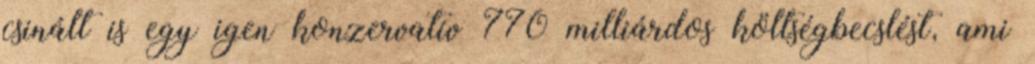
csinált is egy igen konzervatív 770 milliárdos költségbecslést, ami